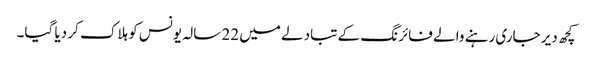
کچھ دیر جاری رہنے والے فائرنگ کے تبادلے میں 22 سالہ یونس کو ہلاک کر دیا گیا۔